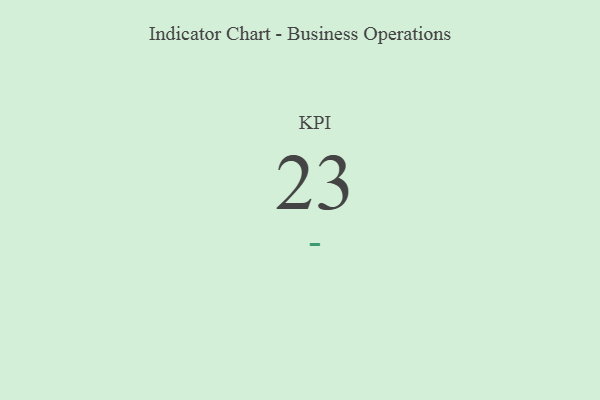
{"axis": {"x": "KPI", "y": "Value"}, "legend": [""], "data": [{"x": "KPI", "y": 23, "type": ""}]}